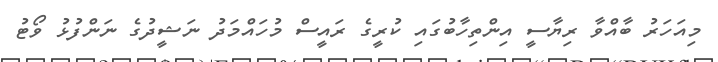
މިއަހަރު ބާއްވާ ރިޔާސީ އިންތިހާބުގައި ކުރީގެ ރައީސް މުހައްމަދު ނަޝީދުގެ ނަންފުޅު ވޯޓު